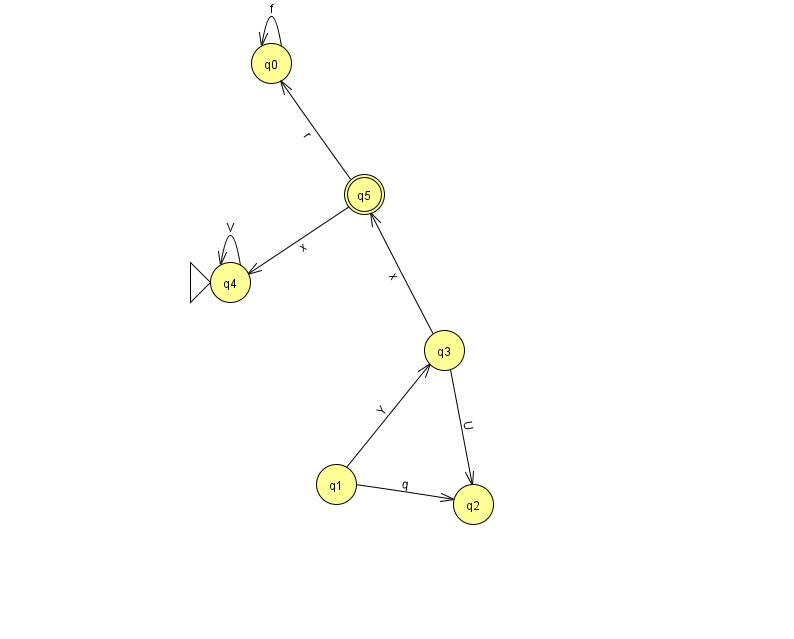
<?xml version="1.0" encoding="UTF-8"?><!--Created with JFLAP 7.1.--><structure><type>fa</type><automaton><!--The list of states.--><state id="0" name="q0"><x>271.0</x><y>50.0</y></state><state id="1" name="q1"><x>336.0</x><y>471.0</y></state><state id="2" name="q2"><x>473.0</x><y>491.0</y></state><state id="3" name="q3"><x>444.0</x><y>337.0</y></state><state id="4" name="q4"><x>230.0</x><y>269.0</y><initial/></state><state id="5" name="q5"><x>364.0</x><y>181.0</y><final/></state><!--The list of transitions.--><transition><from>5</from><to>4</to><read>x</read></transition><transition><from>1</from><to>2</to><read>q</read></transition><transition><from>3</from><to>2</to><read>U</read></transition><transition><from>0</from><to>0</to><read>f</read></transition><transition><from>4</from><to>4</to><read>V</read></transition><transition><from>3</from><to>5</to><read>x</read></transition><transition><from>5</from><to>0</to><read>r</read></transition><transition><from>1</from><to>3</to><read>Y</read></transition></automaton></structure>